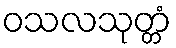
ဝသလသုတ္တံ